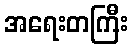
အရေးတကြီး